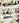
بأن